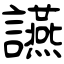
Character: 讌